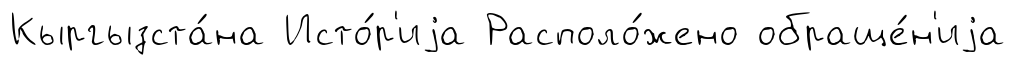
Кыргызста́на Исто́р'иjа Располо́жено обраще́н'иjа